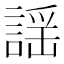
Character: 謡